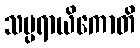
သမ္ပရာယိကောတိ